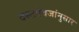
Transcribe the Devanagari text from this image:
दस्तऐवजांनुसार